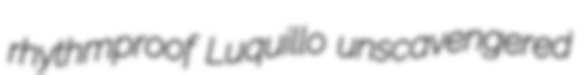
rhythmproof Luquillo unscavengered